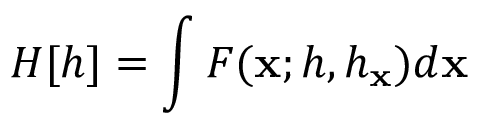
H [ h ] = \int F ( { \bf x } ; h , h _ { { \bf x } } ) d { \bf x }